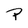
Character: P